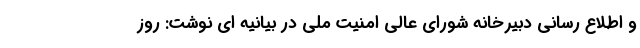
و اطلاع رسانی دبیرخانه شورای عالی امنیت ملی در بیانیه ای نوشت: روز